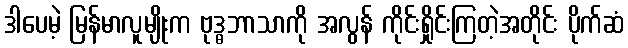
ဒါပေမဲ့ မြန်မာလူမျိုးက ဗုဒ္ဓဘာသာကို အလွန် ကိုင်းရှိုင်းကြတဲ့အတိုင်း ပိုက်ဆံ